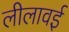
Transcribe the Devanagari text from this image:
लीलावई